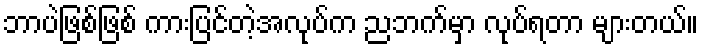
ဘာပဲဖြစ်ဖြစ် ကားပြင်တဲ့အလုပ်က ညဘက်မှာ လုပ်ရတာ များတယ်။